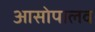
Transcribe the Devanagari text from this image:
आसोपालव